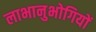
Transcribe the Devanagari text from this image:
लाभानुभोगियों